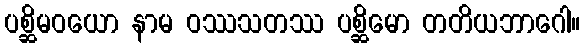
ပစ္ဆိမဝယော နာမ ဝဿသတဿ ပစ္ဆိမော တတိယဘာဂေါ။